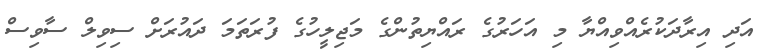
އަދި އިރާދަކުރެއްވިއްޔާ މި އަހަރުގެ ރައްޔިތުންގެ މަޖިލީހުގެ ފުރަތަމަ ދައުރަށް ސިވިލް ސާވިސް